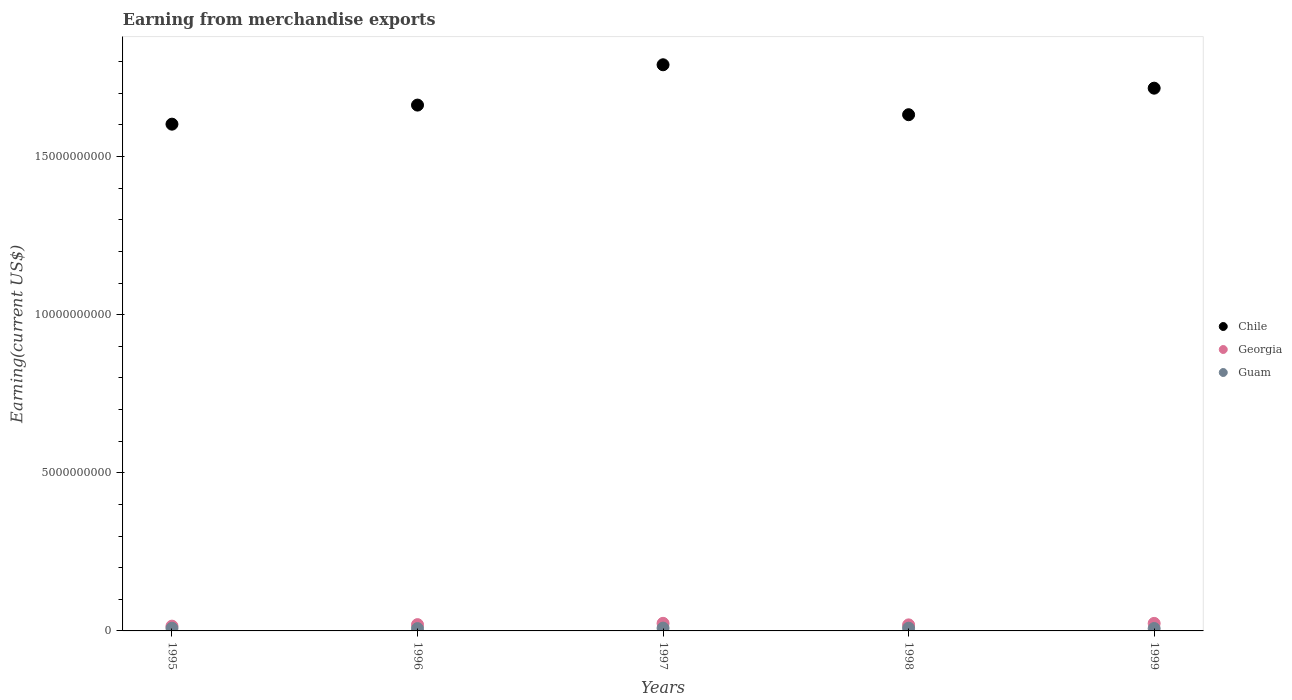
| Years | Chile | Georgia | Guam |
 | --- | --- | --- | --- |
 | 1995 | 1.6e+10 | 1.51e+08 | 8.5e+07 |
 | 1996 | 1.66e+10 | 1.99e+08 | 7.32e+07 |
 | 1997 | 1.79e+10 | 2.4e+08 | 8.87e+07 |
 | 1998 | 1.63e+10 | 1.91e+08 | 8.6e+07 |
 | 1999 | 1.72e+10 | 2.38e+08 | 7.6e+07 |